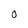
Character: 0